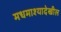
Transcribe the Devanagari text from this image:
मधमाश्यादेखील